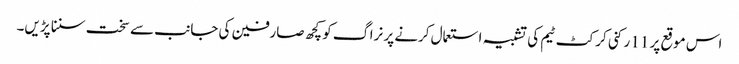
اس موقع پر 11 رکنی کرکٹ ٹیم کی تشبیہ استعمال کرنے پر نراگ کو کچھ صارفین کی جانب سے سخت سننا پڑیں۔